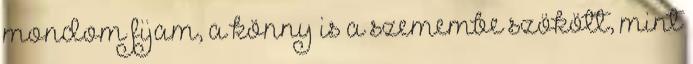
mondom fijam, a könny is a szemembe szökött, mint